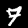
Label: 7